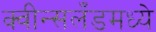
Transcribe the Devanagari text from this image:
क्वीन्सलँडमध्ये